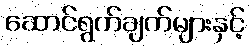
ဆောင်ရွက်ချက်များနှင့်